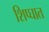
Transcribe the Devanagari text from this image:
शिप्घात